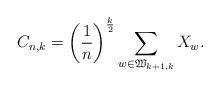
LaTeX: \begin{align*}C_{n,k}& = \left(\frac{1}{n}\right)^{\frac{k}{2}}\sum_{w \in \mathfrak{W}_{k+1,k}} X_{w}.\end{align*}